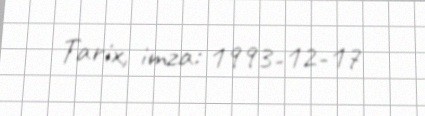
Tarix, imza: 1993-12-17